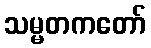
သမ္မတကတော်